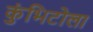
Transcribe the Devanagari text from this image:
कुंभिटोला